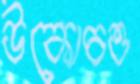
উকোচও